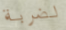
لضربة